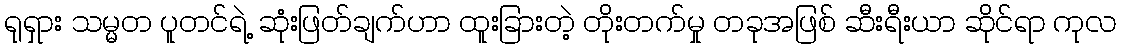
ရုရှား သမ္မတ ပူတင်ရဲ့ ဆုံးဖြတ်ချက်ဟာ ထူးခြားတဲ့ တိုးတက်မှု တခုအဖြစ် ဆီးရီးယာ ဆိုင်ရာ ကုလ